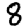
Digit: 8